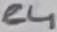
Text: C4